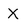
Character: X